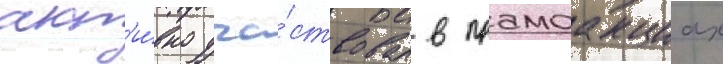
акт'и́вно уча́ствовал в промоакциах